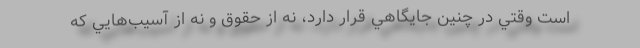
است وقتي در چنين جايگاهي قرار دارد، نه از حقوق و نه از آسيب‌هايي كه